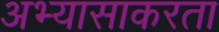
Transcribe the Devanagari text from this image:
अभ्यासाकरता